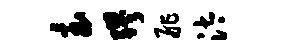
急缪舴汰